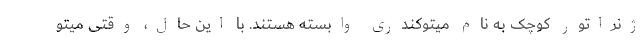
ژنراتور کوچک به نام میتوکندری وابسته هستند. با این حال، وقتی میتو